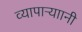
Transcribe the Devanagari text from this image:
व्यापाऱ्याानी